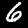
Label: 6